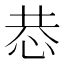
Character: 𢙄